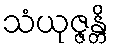
သံယုဇ္ဇန္တိ